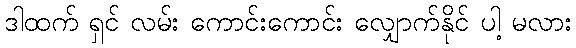
ဒါထက် ရှင် လမ်း ကောင်းကောင်း လျှောက်နိုင် ပါ့ မလား